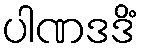
ပါဏဒဒိံ